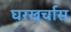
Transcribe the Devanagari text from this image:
घरखर्चास